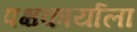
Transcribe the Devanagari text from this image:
पक्षकार्याला